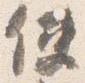
使